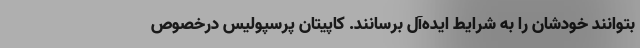
بتوانند خودشان را به شرایط ایده‌آل برسانند. کاپیتان پرسپولیس درخصوص